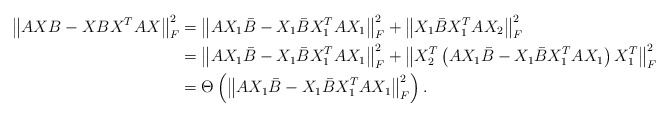
\begin{align*}\left\| AXB - XBX^TAX \right\|_F^2 &= \left\| AX_1\bar{B} - X_1\bar{B}X_1^TAX_1 \right\|_F^2 + \left\|X_1\bar{B}X_1^TAX_2\right\|_F^2 \\&= \left\| AX_1\bar{B} - X_1\bar{B}X_1^TAX_1 \right\|_F^2 + \left\| X_2^T\left( AX_1\bar{B} - X_1\bar{B}X_1^TAX_1 \right)X_1^T \right\|_F^2 \\&= \Theta\left( \left\| AX_1\bar{B} - X_1\bar{B}X_1^TAX_1 \right\|_F^2 \right).\end{align*}